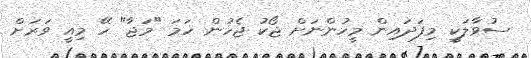
ސުވާލަކީ މިފަދައިން މީހުންނަށް ޖޯކު ޖެހުން ހަމަ "މަޖާ" ހޭ މިއީ ވަރަށް